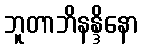
ဘူတာဘိနန္ဒိနော